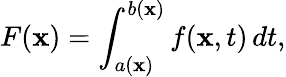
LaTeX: F(\mathbf{x})=\int_{a(\mathbf{x})}^{b(\mathbf{x})}f(\mathbf{x},t)\, dt,